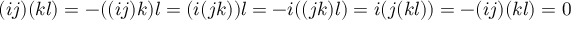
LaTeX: ( i j ) ( k l ) = - ( ( i j ) k ) l = ( i ( j k ) ) l = - i ( ( j k ) l ) = i ( j ( k l ) ) = - ( i j ) ( k l ) = 0